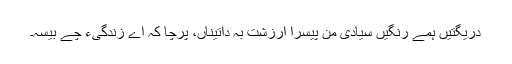
دریگتیں ہمے رنگیں سیادی من پیسرا اَرزشت بہ داتیناں، پرچا کہ اے زندگیءَ چے بیسہ۔